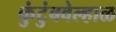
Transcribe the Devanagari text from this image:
कुंटुंबवेल्हाळ